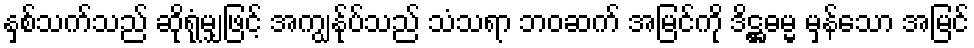
နှစ်သက်သည် ဆိုရုံမျှဖြင့် အကျွန်ုပ်သည် သံသရာ ဘဝဆက် အမြင်ကို ဒိဋ္ဌဓမ္မ မှန်သော အမြင်